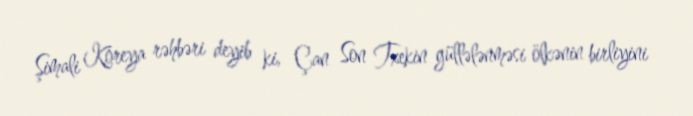
Şimali Koreya rəhbəri deyib ki, Çan Son Txekin güllələnməsi ölkənin birliyini